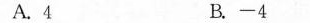
A.4 B.-4